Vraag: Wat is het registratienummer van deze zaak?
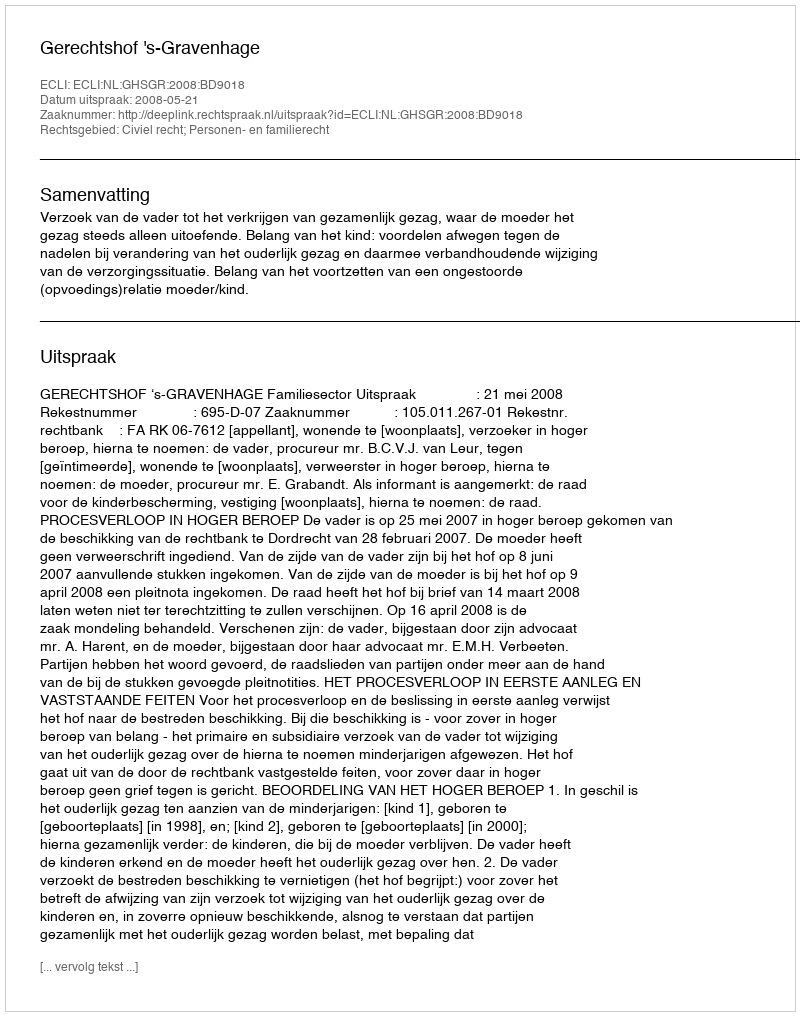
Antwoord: http://deeplink.rechtspraak.nl/uitspraak?id=ECLI:NL:GHSGR:2008:BD9018